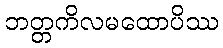
ဘတ္တကိလမထောပိဿ